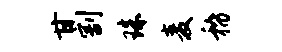
甘割珠麦稽